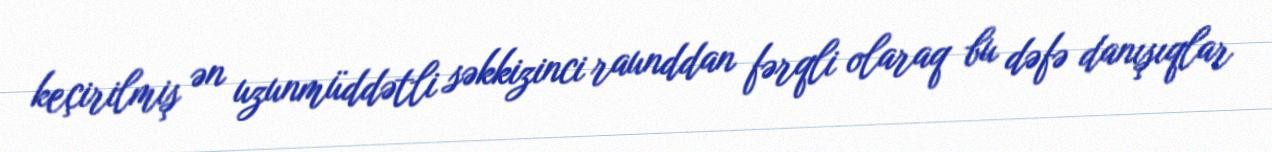
keçirilmiş ən uzunmüddətli səkkizinci raunddan fərqli olaraq bu dəfə danışıqlar